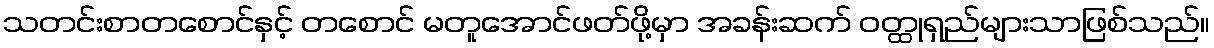
သတင်းစာတစောင်နှင့် တစောင် မတူအောင်ဖတ်ဖို့မှာ အခန်းဆက် ဝတ္ထုရှည်များသာဖြစ်သည်။